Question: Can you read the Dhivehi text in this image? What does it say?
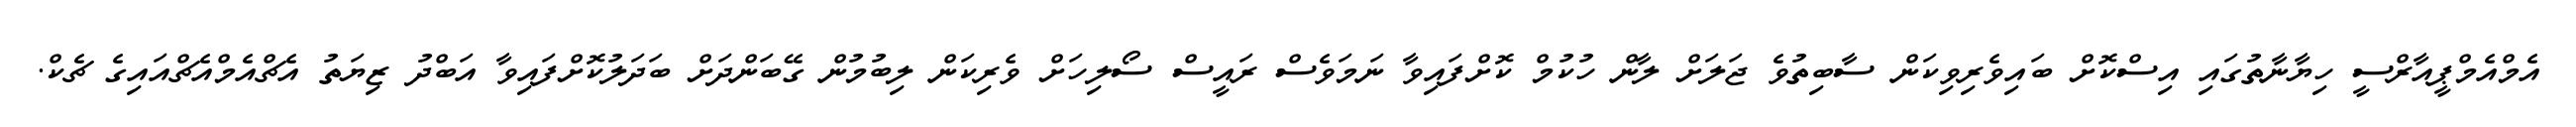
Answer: އެމްއެމްޕީއާރްސީ ހިޔާނާތުގައި އިސްކޮށް ބައިވެރިވިކަން ސާބިތުވެ ޖަލަށް ލާން ހުކުމް ކޮށްފައިވާ ނަމަވެސް ރައީސް ސޯލިހަށް ވެރިކަން ލިބުމުން ގޭބަންދަށް ބަދަލުކޮށްފައިވާ އަބްދު ޒިޔަތު އެޗްއެމްއެޗްއައިގެ ޗެކް.